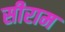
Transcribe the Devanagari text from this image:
सीराम